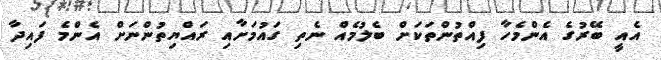
އެއީ ބޭރުގެ އެންމެހާ ފިއްތުންތަކަށް ބެލުމެއް ނެތި ގައުމަށާއި ރައްޔިތުންނަށް އެންމެ ފައިދާ